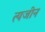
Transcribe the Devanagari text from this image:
त्यजीन